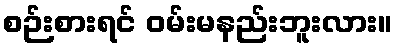
စဉ်းစားရင် ဝမ်းမနည်းဘူးလား။